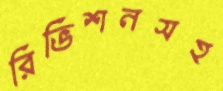
রিভিশনসহ